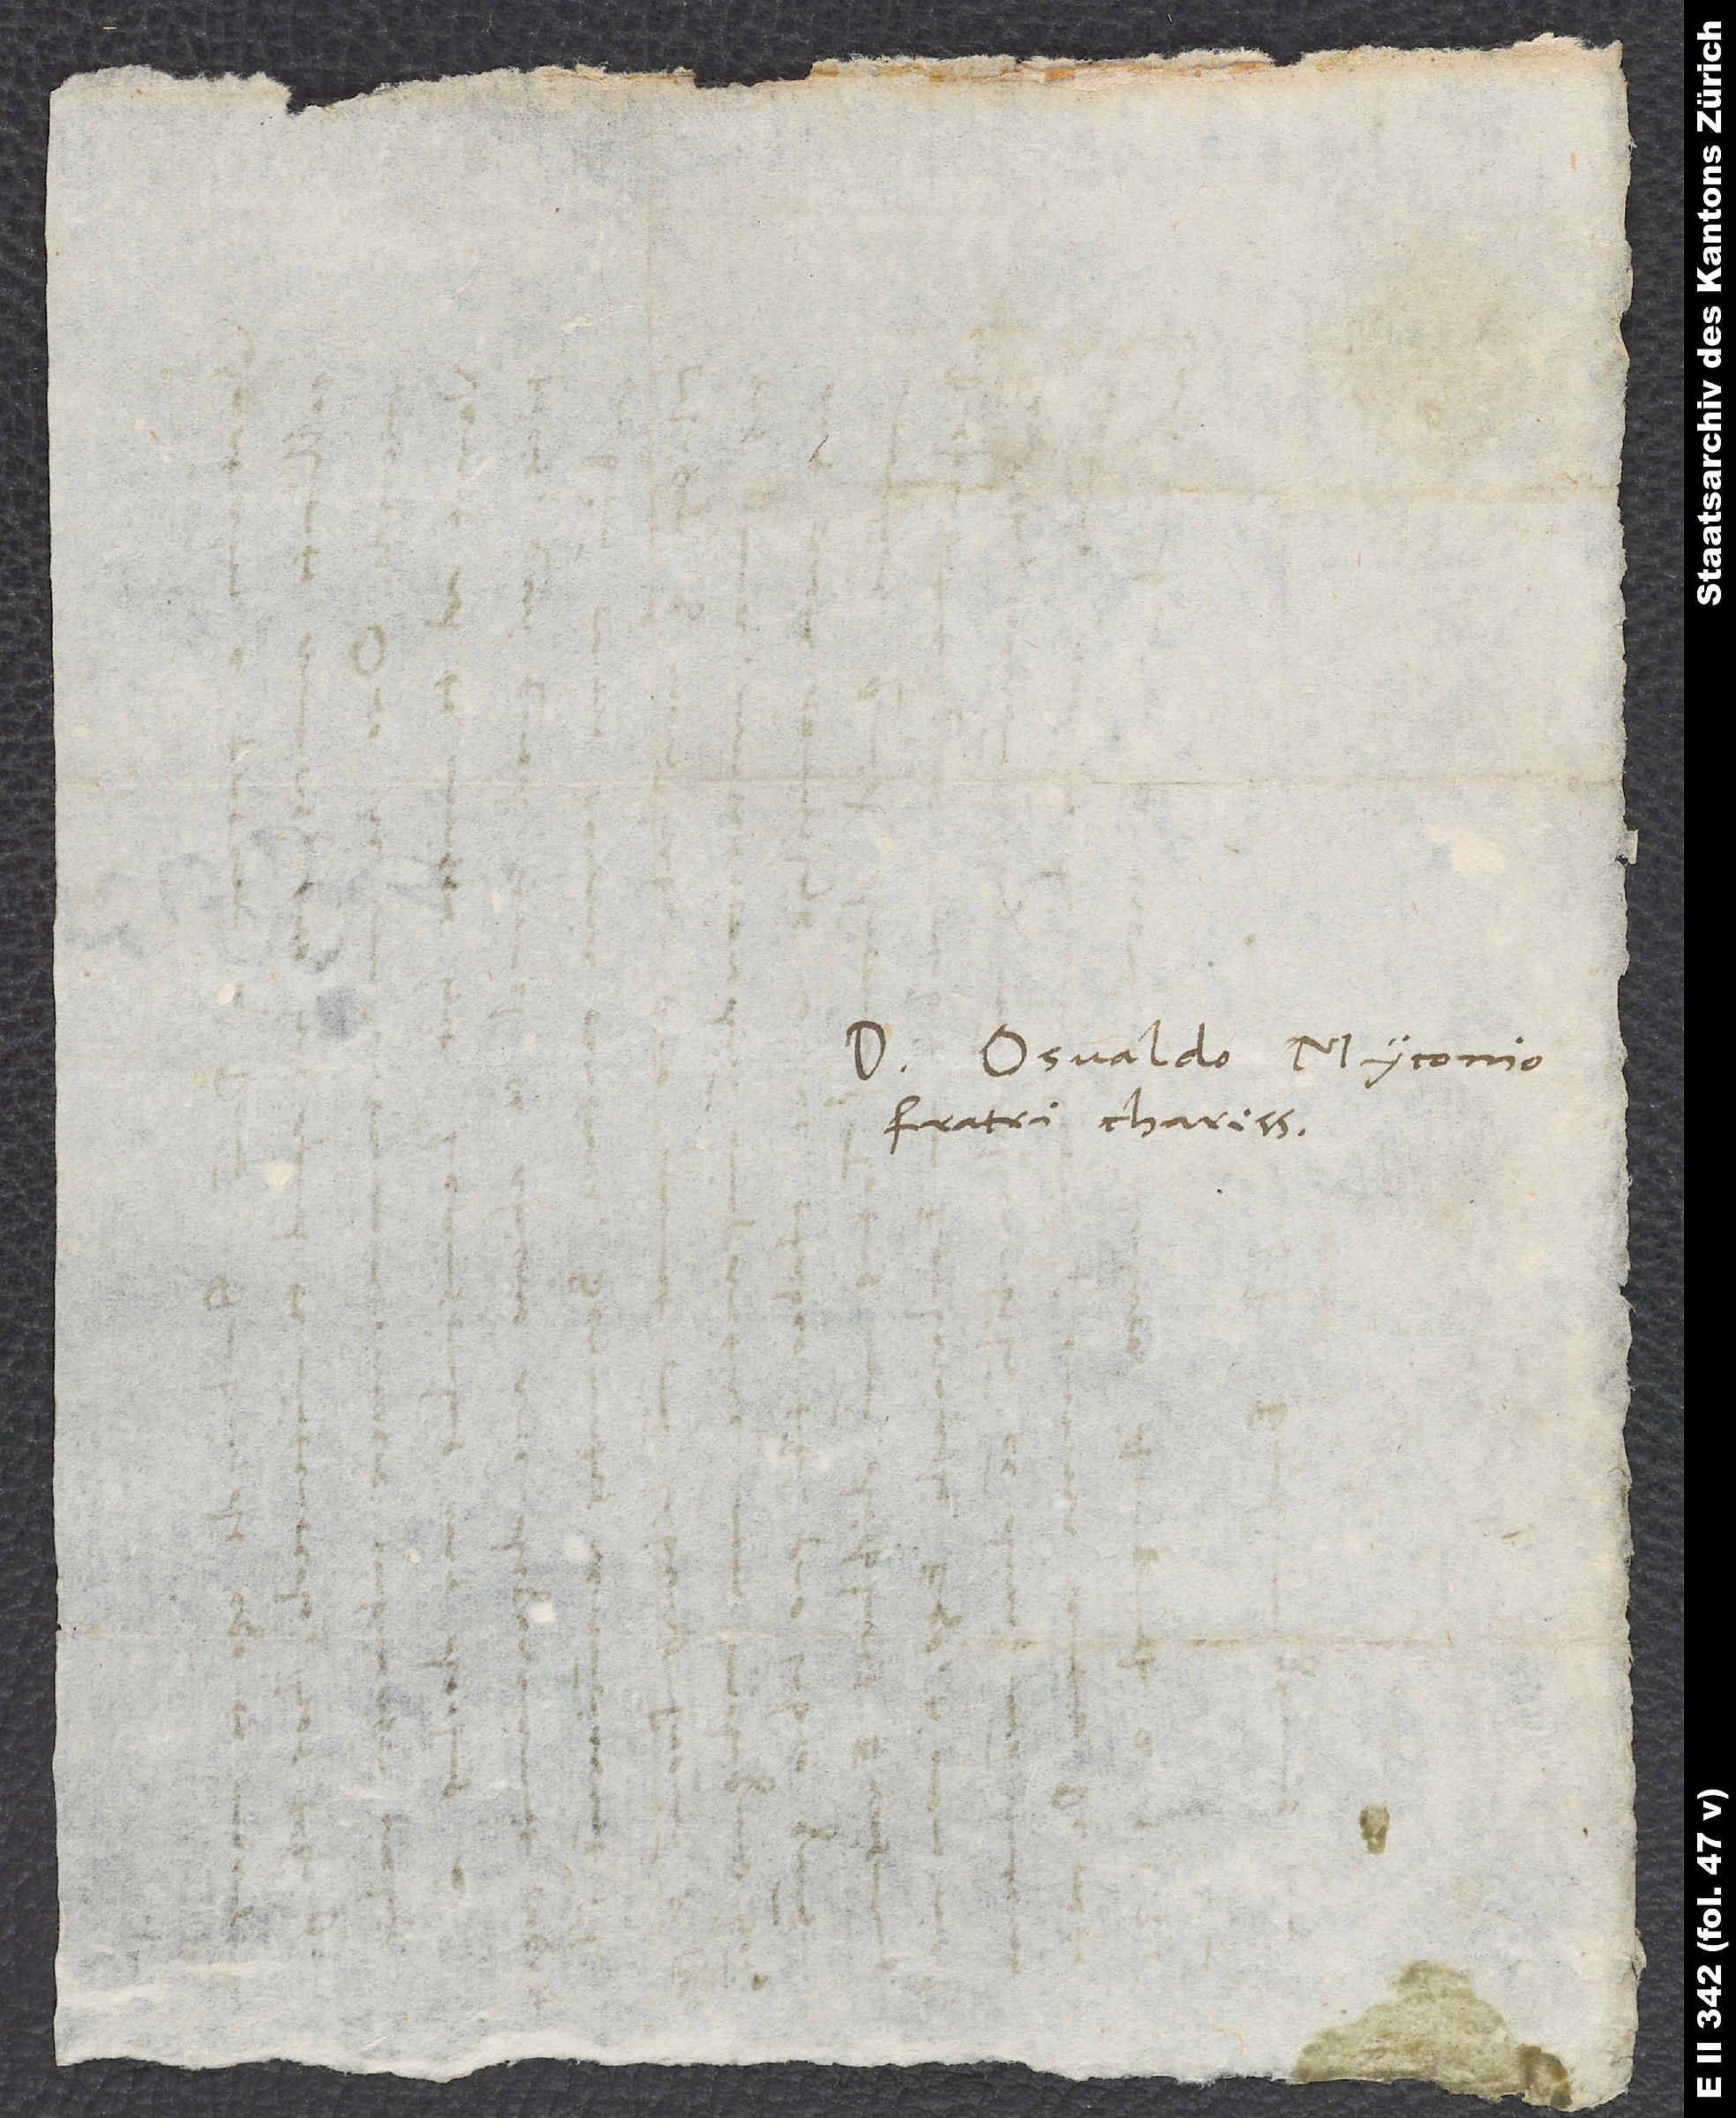
Domino Osvaldo Myconio,
fratri charissimo.